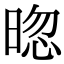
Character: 𣇤